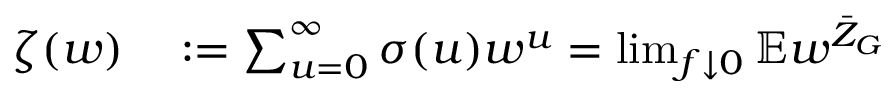
\begin{array} { r l } { \zeta ( w ) } & { { } : = \sum _ { u = 0 } ^ { \infty } \sigma ( u ) w ^ { u } = \operatorname* { l i m } _ { f \downarrow 0 } \mathbb { E } w ^ { \bar { Z } _ { G } } } \end{array}